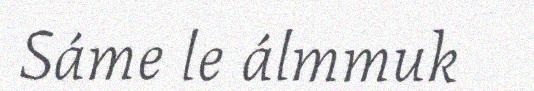
Sáme le álmmuk